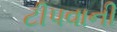
ટીપવાની